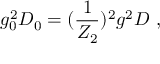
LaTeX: g _ { 0 } ^ { 2 } D _ { 0 } = ( \frac { 1 } { Z _ { 2 } } ) ^ { 2 } g ^ { 2 } D ~ ,